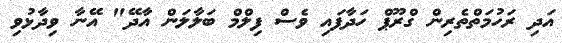
އަދި ރަހުމަތްތެރިން ގްރޫޕް ހަދާފައި ވެސް ފިލްމް ބަލާލަން އާދޭ" އޭނާ ވިދާޅުވި